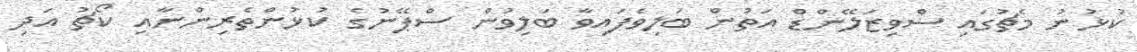
ކުޅުނު މެޗުގައި ސްވިޒަލޭންޑް އަތުން ބަލިވެފައިވާ ބަލިވުން ސްޕޭނުގެ ކުޅުންތެރިންނާއި ކޯޗު އަދި